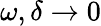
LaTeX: \omega,\delta\to 0